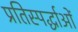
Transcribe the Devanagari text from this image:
प्रतिस्पर्द्धाओं